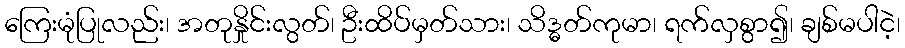
ကြေးမုံပြုလည်း၊ အတုနှိုင်းလွတ်၊ ဦးထိပ်မှတ်သား၊ သိဒ္ဓတ်ကုမာ၊ ရက်လှစွာ၍၊ ချစ်မပါငဲ့၊